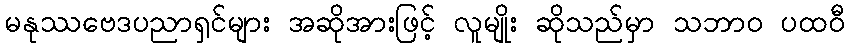
မနုဿဗေဒပညာရှင်များ အဆိုအားဖြင့် လူမျိုး ဆိုသည်မှာ သဘာဝ ပထဝီ